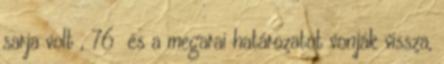
sarja volt , 76 és a megarai határozatot vonják vissza,